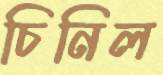
চিনিল